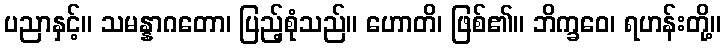
ပညာနှင့်။ သမန္နာဂတော၊ ပြည့်စုံသည်။ ဟောတိ၊ ဖြစ်၏။ ဘိက္ခဝေ၊ ရဟန်းတို့။